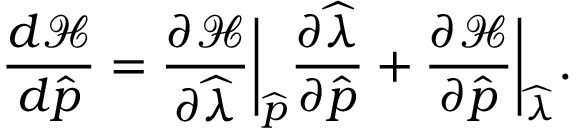
\frac { d \mathcal { H } } { d \widehat { \boldsymbol { p } } } = \frac { \partial \mathcal { H } } { \partial \widehat { \lambda } } \bigg \lvert _ { \widehat { \boldsymbol { p } } } \frac { \partial \widehat { \lambda } } { \partial \widehat { \boldsymbol { p } } } + \frac { \partial \mathcal { H } } { \partial \widehat { \boldsymbol { p } } } \bigg \lvert _ { \widehat { \lambda } } .